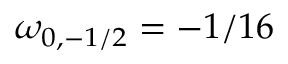
\omega _ { 0 , - 1 / 2 } = - 1 / 1 6